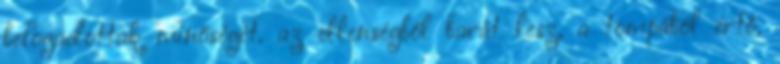
befogadottak minőségét. az ellenségből barát lesz, a tompából értő,